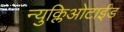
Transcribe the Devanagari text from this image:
न्युक्लिओटाईड